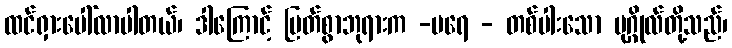
ထင်ရှားပေါ်လာပါတယ်၊ ဒါကြောင့် မြတ်စွာဘုရားက -ပရေ - တစ်ပါးသော ပုဂ္ဂိုလ်တို့သည်၊